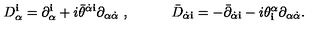
D _ { \alpha } ^ { \mathbf i } = \partial _ { \alpha } ^ { \mathbf i } + i { \bar { \theta } } ^ { \dot { \alpha } { \mathbf i } } \partial _ { \alpha \dot { \alpha } } \ , \qquad \quad { \bar { D } } _ { \dot { \alpha } { \mathbf i } } = - { \bar { \partial } } _ { \dot { \alpha } { \mathbf i } } - i { \theta } _ { \mathbf i } ^ { \alpha } \partial _ { \alpha \dot { \alpha } } .